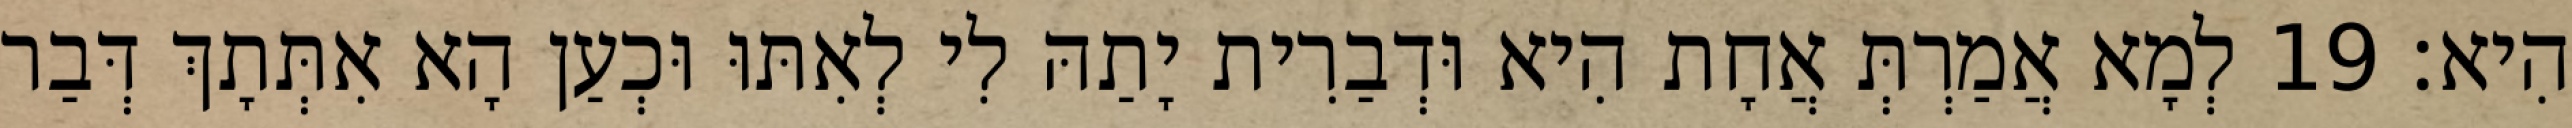
הִיא׃ 19 לְמָא אֲמַרְתְּ אֲחָת הִיא וּדְבַרִית יָתַהּ לִי לְאִתּוּ וּכְעַן הָא אִתְּתָךְ דְּבַר